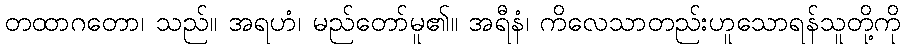
တထာဂတော၊ သည်။ အရဟံ၊ မည်တော်မူ၏။ အရီနံ၊ ကိလေသာတည်းဟူသောရန်သူတို့ကို